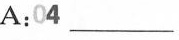
A:04 \underline